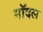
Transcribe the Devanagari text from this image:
मॉदल